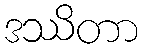
ဒဿိတာ